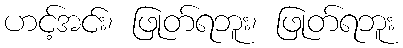
ဟင့်အင်း၊ ဖြုတ်ရဘူး၊ ဖြုတ်ရဘူး